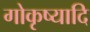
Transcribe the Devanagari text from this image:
गोकृष्यादि